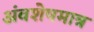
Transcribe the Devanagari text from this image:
अंवशेषमात्र